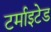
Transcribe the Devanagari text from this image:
टर्माइटेड